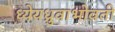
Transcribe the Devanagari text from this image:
ध्येयध्रुवाभोवती